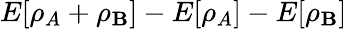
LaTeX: E[\rho_{A}+\rho_{\mathbf{B}}]-E[\rho_{A}]-E[\rho_{\mathbf{B}}]